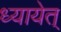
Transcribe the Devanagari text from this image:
ध्यायेत्